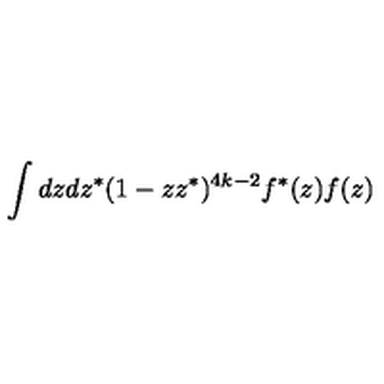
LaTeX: \int d z d z ^ { * } ( 1 - z z ^ { * } ) ^ { 4 k - 2 } f ^ { * } ( z ) f ( z )